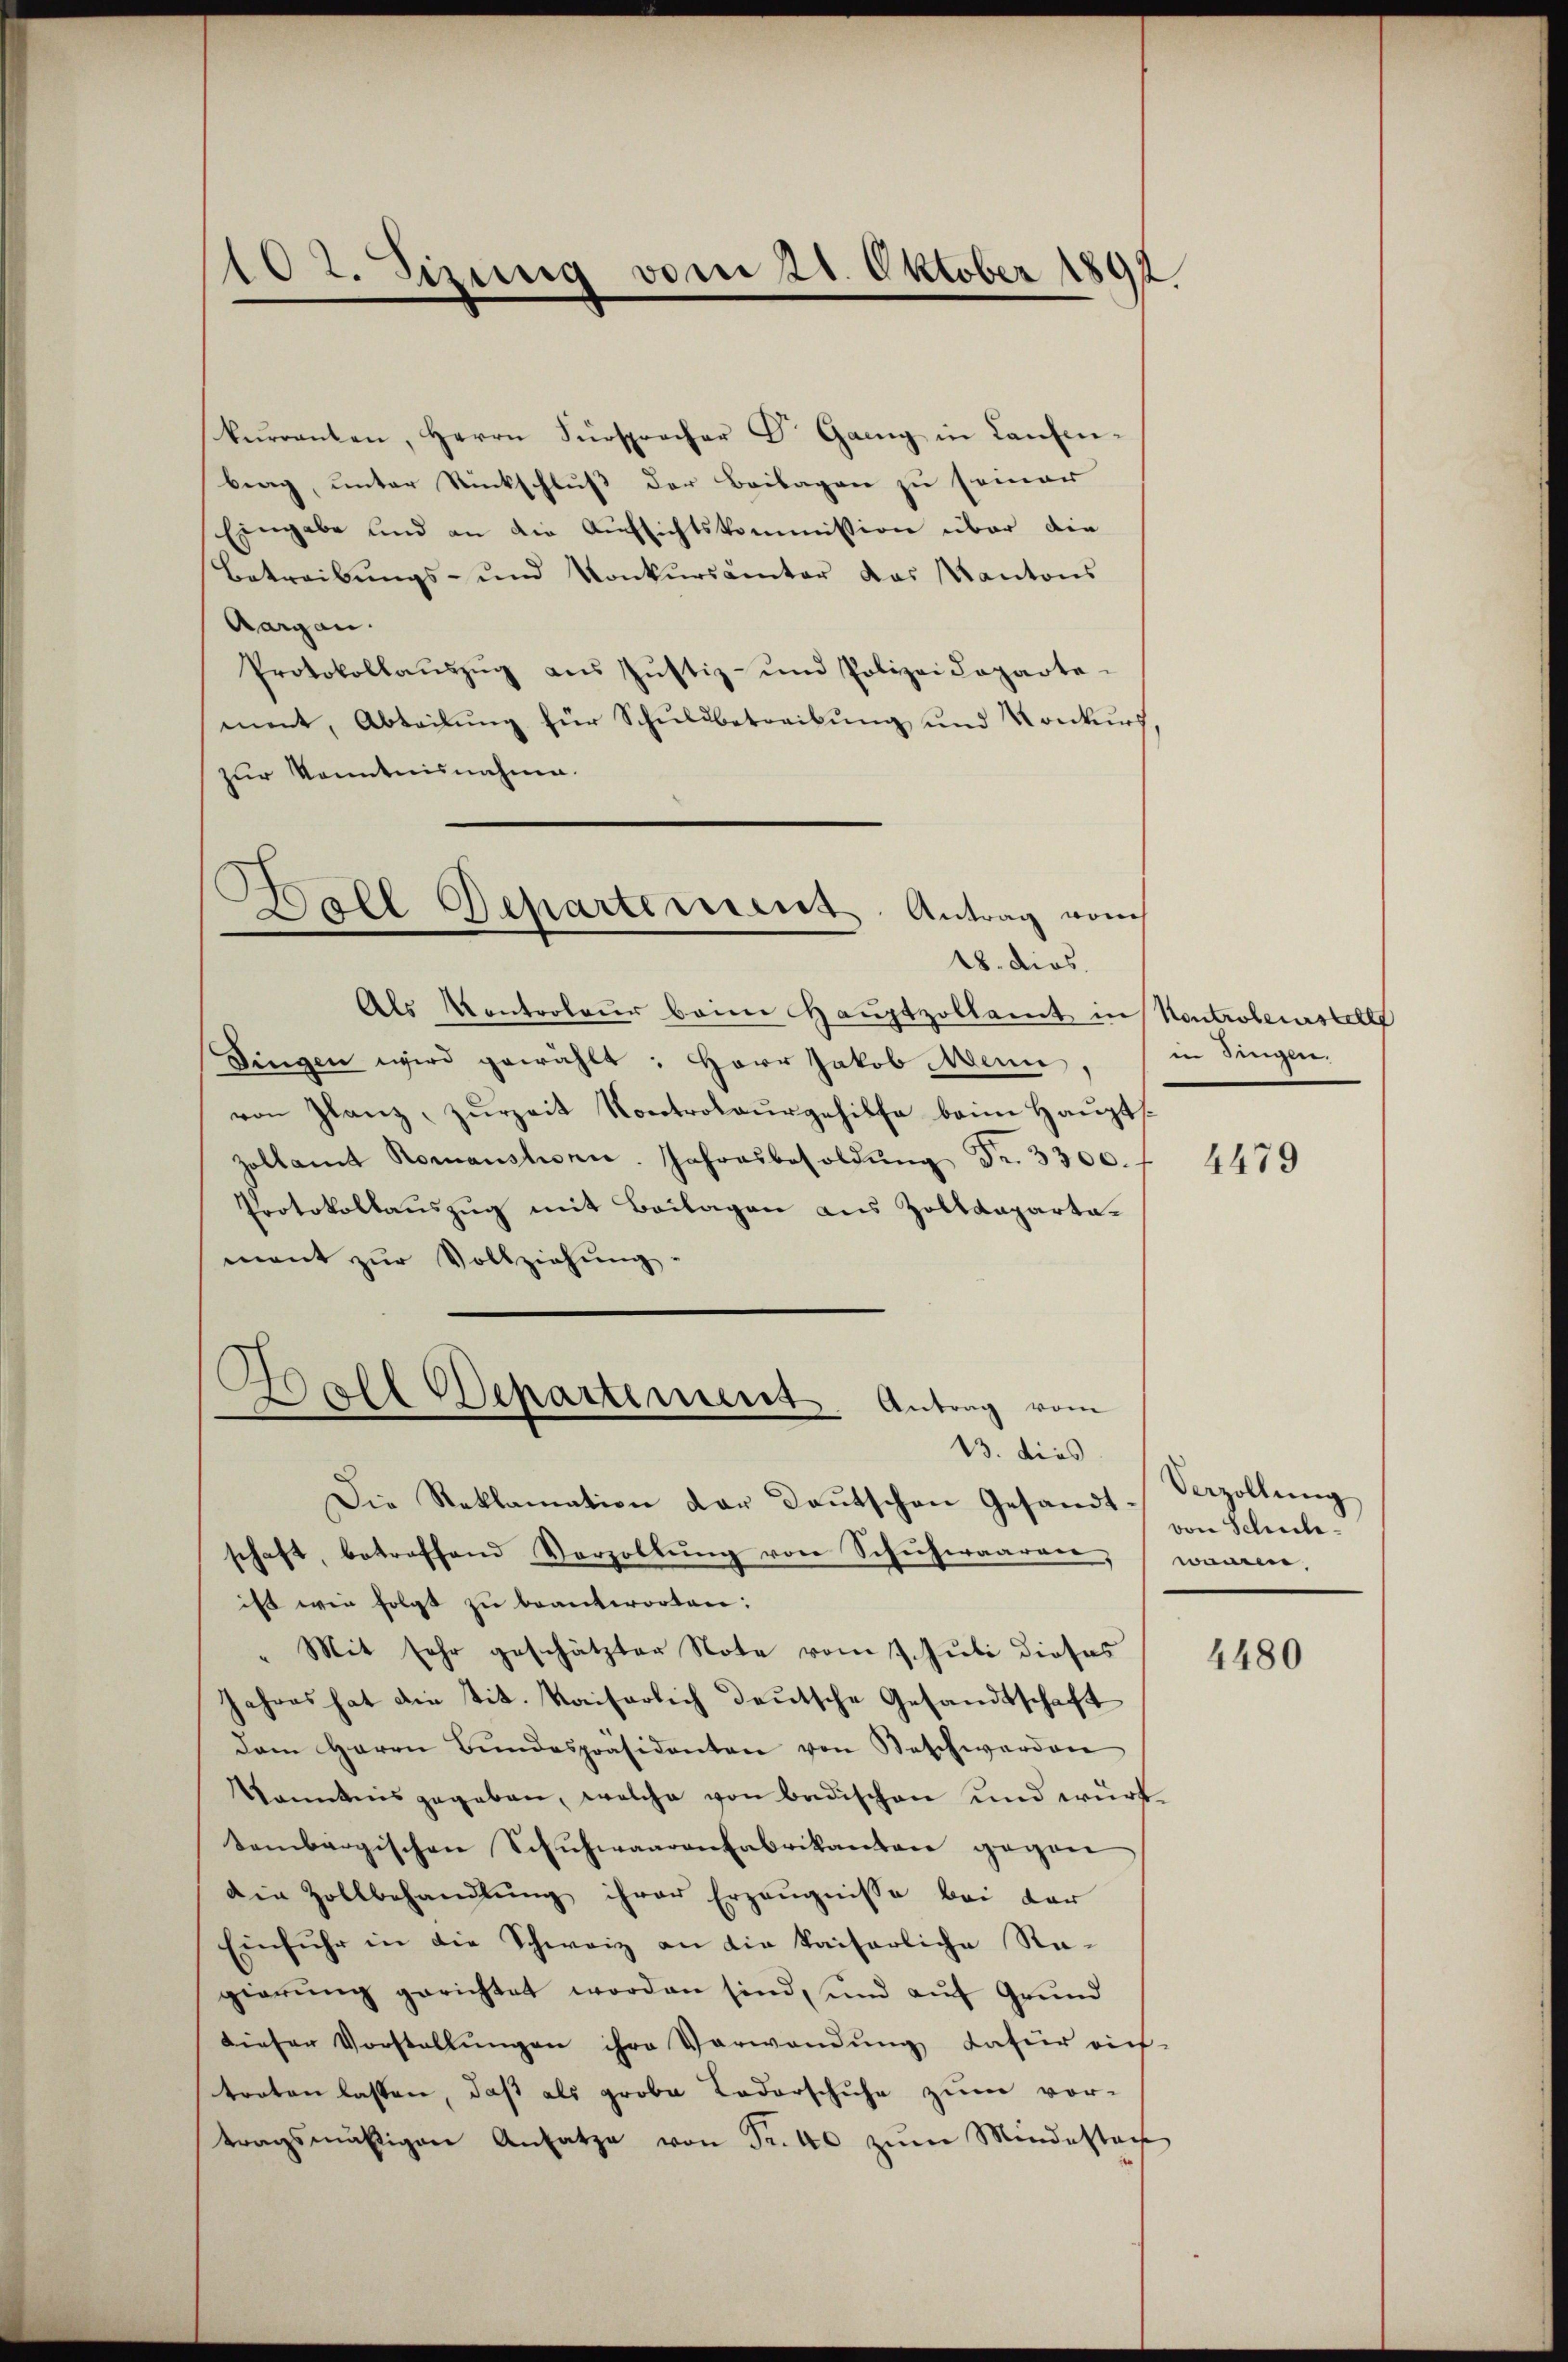
102. Sizung vom 21. Oktober 1892

kŭrranten, Herrn Fürsprecher Dr. Gang in Laufen-
brag, unter Rückschluß der Beilagen zu seiner
Eingabe und an die Aufsichtskommission über die
Betreibŭngs- und Konkŭrsämter das Kantons
Aargau.
Protokollaŭszŭg ans Justiz- und Polizeideparte-
ment, Abteilung für Schuldbetreibung und Konkurs
zur Kenntnisnahme.

Als Kontroleur beim Haŭptzollamt in Kontrolenstell
Dingen wird gewählt: Herr Jakob Mein,
von Glanz, zurzeit Kontrolaŭrgehilfe beim Hauptszollamt Romansturn. Jahresbesoldŭng Fr. 3300.
Protokollauszug mit Beilagen aus Zolldepartament zur Vollziehung
Die Reklamation der Daŭtschen Gesandt-
schaft, betreffend Vorzollŭng von Schuhwaaren,
ist wie folgt zŭ beantworten:
" Mit sehr geschätzter Note vom 1. Juli dieses
Jahres hat die tit. Kaiserlich deutsche Gesandtschaft
dam Herrn Bŭndespräsidenten von Beschwerden
Vanntnis gegeben, welche von Badischen und württembergischen Schuhwaarenfabrikanton gegen
die Zollbehandlŭng ihrer Erzeŭgnisse bei der
Einfuhr in die Schweiz an die kaiserliche Ragierŭng gerichtet worden sind, und aŭf Grŭnd
dieser Vorstellungen ihre Verwendung dafür rich-
treten lassen, daß als grobe Lederschuhe zum vor-
tragsmäßigen Ansatze von Fr. 40 zum Mindestan

Boll Departement. Antrag vom
18. dies.

Go
Departement. Antrag vom
13. dies

in Steigen.

4479

Verzollung
von Schulwänden,

4480